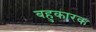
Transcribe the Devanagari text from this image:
बहुकारक